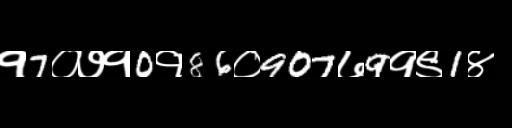
Text: १7०७१0१86०907७9१९1४